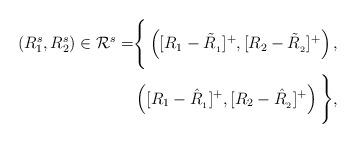
LaTeX: \begin{align*}\left(R^s_1,R^s_2\right)\in\mathcal{R}^s=&\Bigg\{\left([R_1-\tilde{R}_{_1}]^{+},[R_2-\tilde{R}_{_2}]^{+}\right),\\&\left([R_1-\hat{R}_{_1}]^{+},[R_2-\hat{R}_{_2}]^{+}\right)\Bigg\},\end{align*}